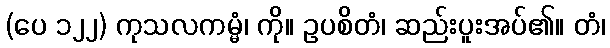
(ပေ ၁၂၂) ကုသလကမ္မံ၊ ကို။ ဥပစိတံ၊ ဆည်းပူးအပ်၏။ တံ၊